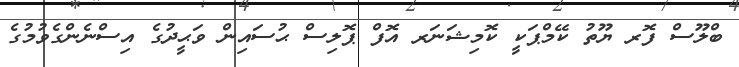
ބްލޫސް ފޮރ ޔޫތު ކޭމްޕަކީ ކޮމިޝަނަރ އޮފް ޕޮޮލިސް ޙުސައިން ވަޙީދުގެ އިސްނެންގެވުމުގެ